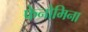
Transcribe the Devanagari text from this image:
फेनोमिना